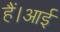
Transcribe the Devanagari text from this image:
हैं।आई